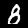
Digit: 8